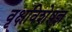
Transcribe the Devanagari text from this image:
वृक्षविशेषज्ञ